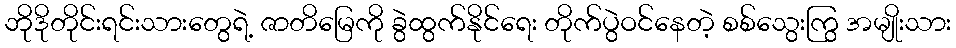
ဘိုဒိုတိုင်းရင်းသားတွေရဲ့ ဇာတိမြေကို ခွဲထွက်နိုင်ရေး တိုက်ပွဲဝင်နေတဲ့ စစ်သွေးကြွ အမျိုးသား